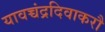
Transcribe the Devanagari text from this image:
यावच्चंद्रदिवाकरौ